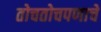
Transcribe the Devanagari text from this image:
तोचतोचपणाचे